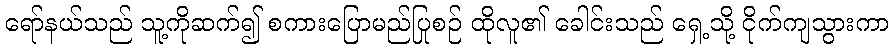
ရော်နယ်သည် သူ့ကိုဆက်၍ စကားပြောမည်ပြုစဉ် ထိုလူ၏ ခေါင်းသည် ရှေ့သို့ ငိုက်ကျသွားကာ